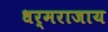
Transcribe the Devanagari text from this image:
धर्मराजाय